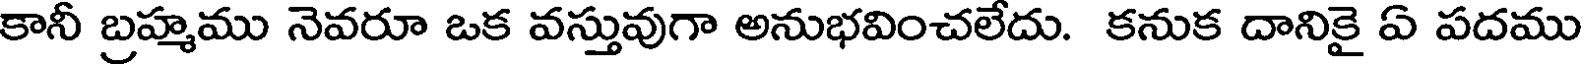
కానీ బ్రహ్మము నెవరూ ఒక వస్తువుగా అనుభవించలేదు. కనుక దానికై ఏ పదము